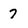
Character: 7